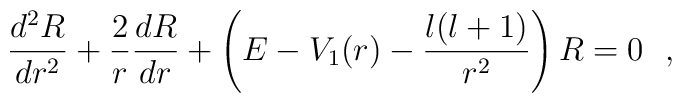
\frac{d^2R}{dr^2} + \frac{2}{r}\frac{dR}{dr}  +\left( E-V_1(r)-\frac{l(l+1)}{r^2} \right) R = 0~~,